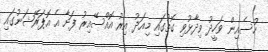
ހުސެއިން ވަހީދު ވިދާޅުވި ގޮތުގައި މިއަދު އިރު އޮއްސޭއިރު ފަށާ އެ އޮޕަރޭޝަނުގައި